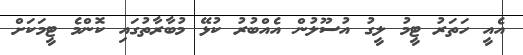
އެއީ ހަތަރު ޓީމު ލީގު އުސޫލުން އެއްބުރު ކުޅޭ މުބާރާތުގައި ކޮންމެ ޓީމަކަށް